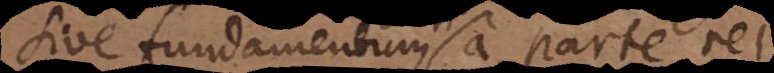
sive fundamentum a parte rei